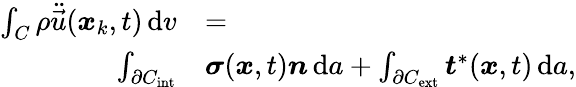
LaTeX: \begin{array}{rl}{\int_{C}\rho\ddot{\vec{u}}(\boldsymbol{x}_{k},t)\, \mathrm{d}v}&{=}\\ {\int_{\partial{C}_{\mathrm{int}}}}&{\boldsymbol{\sigma}(\boldsymbol{x},t)\boldsymbol{n}\, \mathrm{d}a+\int_{\partial{C}_{\mathrm{ext}}}\boldsymbol{t}^{*}(\boldsymbol{x},t)\, \mathrm{d}a,}\end{array}